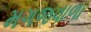
મગજવાળા